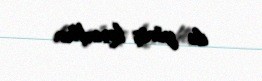
ilə yürüş keçirdilər.